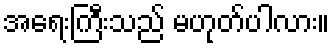
အရေးကြီးသည် မဟုတ်ပါလား။